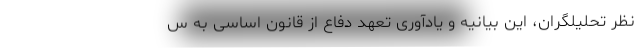
نظر تحلیلگران، این بیانیه و یادآوری تعهد دفاع از قانون اساسی به س